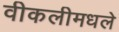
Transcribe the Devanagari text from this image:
वीकलीमधले